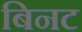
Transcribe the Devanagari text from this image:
बिनट